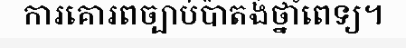
ការគោរពច្បាប់ប៉ាតង់ថ្នាំពេទ្យ។